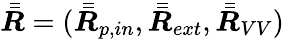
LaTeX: \bar{\bar{\boldsymbol{R}}}=(\bar{\bar{\boldsymbol{R}}}_{p,in},\bar{\bar{\boldsymbol{R}}}_{ext},\bar{\bar{\boldsymbol{R}}}_{VV})